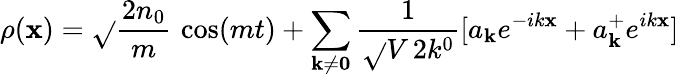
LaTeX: \rho(\mathbf{x})=\sqrt{}{{{\frac{{2n_{0}}}{{m}}}}}\, \cos(mt)+\sum_{{\mathbf{k}}\ne{\mathbf{0}}}{\frac{{1}}{{\sqrt{}{{V\, 2k^{0}}}}}}[a_{\mathbf{k}}e^{-ik\mathbf{x}}+a_{\mathbf{k}}^{+}e^{ik\mathbf{x}}]